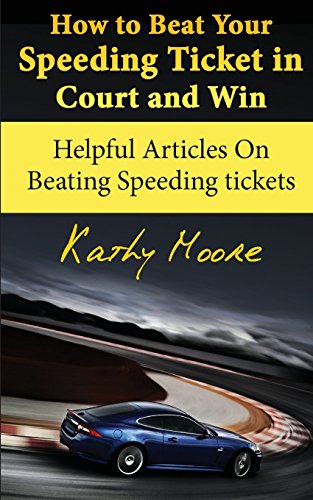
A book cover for How to Beat Your Speeding Ticket in Court and Win: Helpful Articles On Beating Speeding tickets; Kathy Moore; Law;